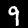
Digit: 9